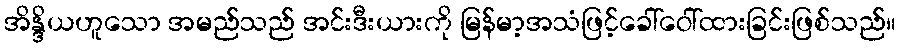
အိန္ဒိယဟူသော အမည်သည် အင်းဒီးယားကို မြန်မာ့အသံဖြင့်ခေါ်ဝေါ်ထားခြင်းဖြစ်သည်။